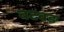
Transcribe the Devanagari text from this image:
बटबङ